[Report on the health of British troops in the Madras command]
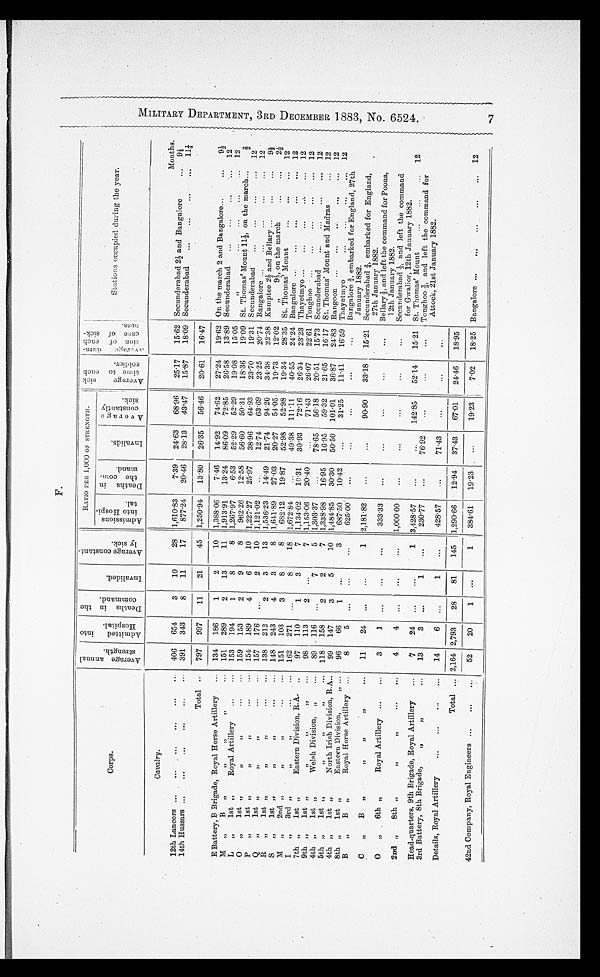
F.
C o r p s .
-
7 ,
P
Z
.
o f
tL g
g 2
p. -v. ,
,
o
-'
••-•
.
,-
!-'
0 .-4.4
t a.
1O
, -t
_
o
-3 -
A
.F ,1 ,...'
g
cd
,F2 E
-
7-
0 3
_
, -c3 c,)
7;5,
74
r.
,
__,.
;
cd
-,-.
21
8 .
0 14
an
0 ' i 7
a5 p. ,_,",
-
----,
RATIO PER 1,000 OF STRENGTH.
...
'-:- ot
.2
a
,
E), 4' ;:
F.
:,. .
' i- S co
<1
.. .
0 -.4
2' J,
,, ...
3 o
c
--
P
rn . 1, '
P w
. 0
•Ez 0:1
• ."'
4 .ti
<ri
.5, .1
o
w '
-
- g 0
(3, c'-) +, g
"'
r-
g
4
' :-.; ›,
to-7:
;
c2 g-. :
I
„
.s:
,5
c.) co
-,
Stationid s occu e d
th
during the
.
p
year.
Cavalry.
Months.
12th Lancers ...
... _ ...
...
...
• -
406
654
3
10
28 1,610 .83
7.39
24-63
68 . 96
25.17
15.62 Secunderabad 21 and Bangalore
... 9i
14th Hussars ...
,..
...
.••
•••
• • •
391
343
8
11
17
877.24
20-46
28-13
43-47
15.87
18-09 Secunderabad
...
...
...
... 11f,
Total ..
797
997
11
21
45 ! 1,250 .94
1380
26.35
56.46
2061
16'47
E Battery, B Brigade, Royal Horse Artillery
...
134
186
1.
2
10
1,388. 08
7.46
14. 92
74.62
2724
1962 On the march 2 and Bangalore...
...
91
MB 3,
31
35
33
13
• • •
151
289
2
13
11
1,913 . 91
1324
86.09
7285
26.58
13'89 Secunderabad
...
...
...
12
L1st „
Royal Artillery
...
31
...
153
194
1
8
8 1,267. 97
6'53
52-29
52.29
19.08
15'05
„
...
...
...
... 12
0
„
let „
,,
31
• • •
• • •
159
153
2
9
8
962.26
12'58
56-60
50 . 31
18.36
19.09 St. Thomas' Mount 111, on the march...
I
p „
1st „
33
31
• • •
154
189
4
6
10
1,227-27
25'97
38-96
6493
23.70
19'31 Secunderabad
•..
...
...
...
12
Q
15
1st 3,
7,
• • .
-
157
176
...
2
10
1,121 .02
...
12.74
63'69
23.25
20'74 Bangalore ..
...
„.
...
... 12
R
„
1st „
73
• • •
• • •
138
212
2
3
13 1,536. 23
14.4.9
21-74
94-20
34-38
22'38 Ka mptee 2-i- and Bellary ...
...
...
91
S
„
1st „
Il
„
• • •
• . •
148
243
4
3
8
1,611 . 89
27'03
20.27
51-05-
1973
12'02
„
9k, on the march
...
...
2
M ,,
2nd ,,
11
33
3. •
.•,
151
103
3
8
8
682-12
19.87
52.98
5298
19-34
28'35 St. Thomas' Mount
...
...
12
I
„
3rd ,,
,,
/7
• • •
• • •
162
271
...
8
18 1,672 . 84
...
49.38 111'11
40.55
24'24 Bangalore ..
...
...
...
... 12
7th „
1st „
Eastern Division, R.A. ..
97
110
1
3
7
1,134 . 02
10-31
30.93
72'16
26.34
23'23 Thayetmyo ...
...
...
..,.
...
12
9th „
1st „
31
15
98
113
2
...
7
1,153 .06
20.40
...
7P43
26.07
22'61 Tonghoo ...
...
...
...
... 12
4th „
1st „
Welsh Division, ,
...
89
116
...
7
5 1,303 . 37
...
78.65
56.18
20.51
15'73 Secunderabad
...
•••
••,,
12
5th „
1st „
13
13
31
. • •
118
158
2
2
7
1,338 . 98
16.95
16.95
59.32
21.65
16'17 St. Thomas' Mount and Madras
...
12
4th „
1st „
North Irish Division, R.A..
99
147
3
5
10
1,484 . 85
30'30
50-50 101 . 01
36.87
24'83 Rangoon ...
...
...
..,
...
12
8th „
1st „
Eastern Division,
,, •••
96
66
1
•-•
3
687.50
10.42
...
31.25
11.41
16'59 Thayetrnyo
•••
•.•
•••
•••
12
B
„
B
„
Royal Horse Artillery ...
8
5
•••
•••
...
625.00
...
•••
...
...
...
Bangalore 4, embarked for England, 27th
January 1882.
C
„
B
,
31
31
17
...
11
24
•••
•••
1
2,181 . 82
...
• ••
90.90
33.18
15'21 Secunderabad -1, embarked for England,
27th January 1882.
.
0
„
6th „
Royal Artillery ...
...
3
1
•••
•••
...
333.33
...
...
-...
...
•••
Bellary 1, and left the command for Poona,
12th January 1882.
2nd „
8th „
11
33
• ..
es .
4
4
..•
...
...
1,00000
...
...
...
• ..
...
Secunderabad 1„ and left the command
for Gwalior, 12th January 1882.
Head-quarters, 9th Brigade, Royal Artillery
...
7
24
•••
..•
1
3,428 . 57
...
...
142.85
5214
15.21 St. Thomas' Mount
...
12
3rd Battery, 8th Brigade,
,,
,,
...
13
3
...
1
...
230.77
...
76.92
...
• • •
•••
Tonghoo -a, and left the command for
Attock-, 21st January 1882.
Details, Royal Artillery
...
...
...
...
14
6
...
1
...
428.57
•.•
71.43
...
...
Total ... 2,164 2,793
28
81
145 11,290. 66
12. 94
37.43
67-01
24.46
18'95
42nd Company, Royal Engineers ...
...
...
52
20
1
...
1 1 384. 61
1923
...
19.23
702
18.25 Bangalore ...
...
...
.,.
... 12